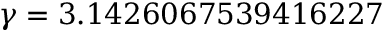
\gamma = 3 . 1 4 2 6 0 6 7 5 3 9 4 1 6 2 2 7